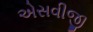
એસવીજી